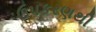
ઉપકરણથી